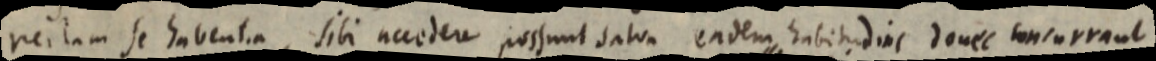
rectam se habentia, sibi accedere possunt datur eadem habitudins donec concurrant